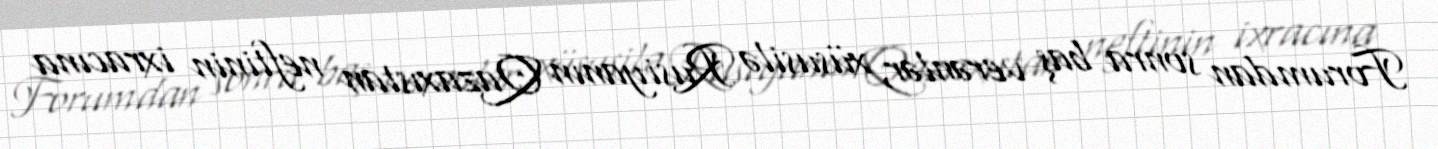
Forumdan sonra baş verənlər, xüsusilə Rusiyanın Qazaxıstan neftinin ixracına